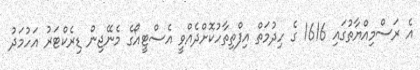
އެ ރަސްމިއްޔާތުގައި 1616 ގެ ހިދުމަތް އިފްތިތާހުކޮށްދެއްވީ އެސްޓީއޯގެ މެނޭޖިން ޑިރެކްޓަރު އަހުމަދު